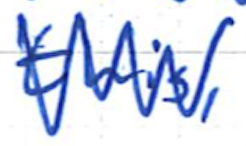
Text: this,
Cross-out: zig-zag
Writing tool: ballpoint